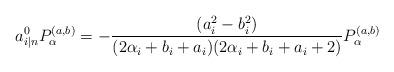
LaTeX: \begin{align*}{}a^{0}_{i|n}P^{(a,b)}_{\alpha}=-\frac{(a_i^2-b_i^2)}{(2\alpha_i+b_i+a_i)(2\alpha_i+b_i+a_i+2)}P^{(a,b)}_{\alpha}\end{align*}